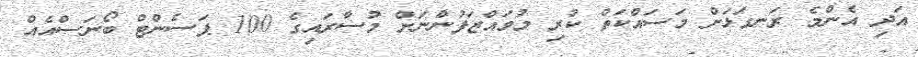
އަދި އެންމެ ރަނގަޅަށް މަސައްކަތް ކުރި މުވައްޒަފުންނަށް މުސާރައިގެ 100 ޕަސެންޓް ބޯނަސްއެއް